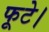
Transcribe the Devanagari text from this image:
फूटे।